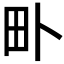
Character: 𤰘